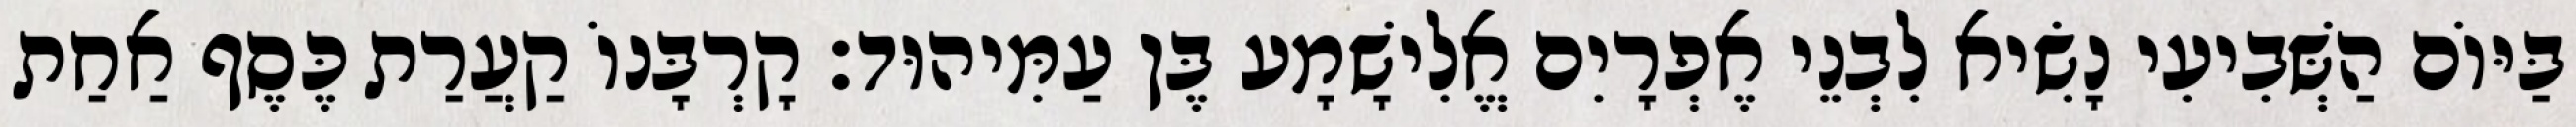
בַּיּוֹם הַשְּׁבִיעִי נָשִׂיא לִבְנֵי אֶפְרָיִם אֱלִישָׁמָע בֶּן עַמִּיהוּד׃ קָרְבָּנוֹ קַעֲרַת כֶּסֶף אַחַת